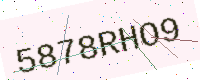
Text: 5878RHO9